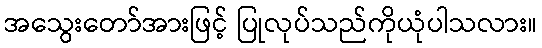
အသွေးတော်အားဖြင့် ပြုလုပ်သည်ကိုယုံပါသလား။